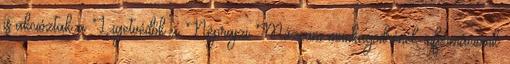
is akcióztak a Ligetvédők a Néprajzi Múzeum munkagödrénél, információink